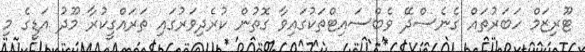
ޓޫރިޒަމް ހަބަރުތައް ގެނެސްދޭ ވެބްސައިޓްތަކުގައިވާ ގޮތުން ކުރެދިވަރުގައި ތަރައްގީކުރާ މޫދު އަޑީގެ މި